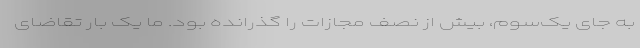
به جای یک‌سوم، بیش از نصف مجازات را گذرانده بود. ما یک بار تقاضای